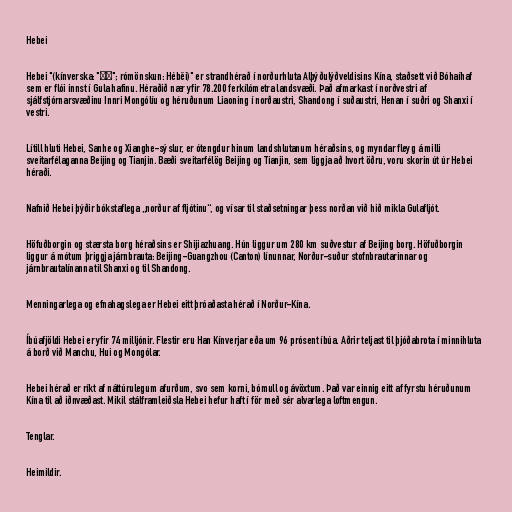
Hebei

Hebei "(kínverska: "河北"; rómönskun: Héběi)" er strandhérað í norðurhluta Alþýðulýðveldisins Kína, staðsett við Bóhaíhaf
sem er flói innst í Gula hafinu. Héraðið nær yfir 78.200 ferkílómetra landsvæði. Það afmarkast í norðvestri af
sjálfstjórnarsvæðinu Innri Mongólíu og héruðunum Liaoning í norðaustri, Shandong í suðaustri, Henan í suðri og Shanxi í
vestri.

Lítill hluti Hebei, Sanhe og Xianghe-sýslur, er ótengdur hinum landshlutanum héraðsins, og myndar fleyg á milli
sveitarfélaganna Beijing og Tianjin. Bæði sveitarfélög Beijing og Tianjin, sem liggja að hvort öðru, voru skorin út úr Hebei
héraði.

Nafnið Hebei þýðir bókstaflega „norður af fljótinu“, og vísar til staðsetningar þess norðan við hið mikla Gulafljót.

Höfuðborgin og stærsta borg héraðsins er Shijiazhuang. Hún liggur um 280 km suðvestur af Beijing borg. Höfuðborgin
liggur á mótum þriggja járnbrauta: Beijing-Guangzhou (Canton) línunnar, Norður-suður stofnbrautarinnar og
járnbrautalínanna til Shanxi og til Shandong.

Menningarlega og efnahagslega er Hebei eitt þróaðasta hérað í Norður-Kína.

Íbúafjöldi Hebei er yfir 74 milljónir. Flestir eru Han Kínverjar eða um 96 prósent íbúa. Aðrir teljast til þjóðabrota í minnihluta
á borð við Manchu, Hui og Mongólar.

Hebei hérað er ríkt af náttúrulegum afurðum, svo sem korni, bómull og ávöxtum. Það var einnig eitt af fyrstu héruðunum
Kína til að iðnvæðast. Mikil stálframleiðsla Hebei hefur haft í för með sér alvarlega loftmengun.

Tenglar.

Heimildir.